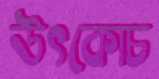
উৎকোচ